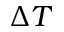
\Delta T